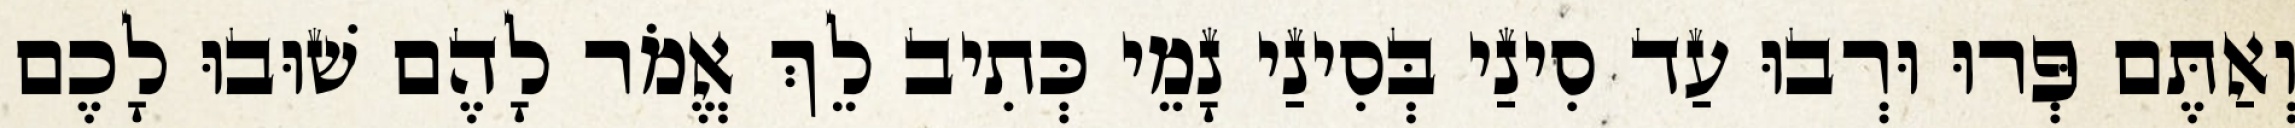
וְאַתֶּם פְּרוּ וּרְבוּ עַד סִינַי בְּסִינַי נָמֵי כְּתִיב לֵךְ אֱמֹר לָהֶם שׁוּבוּ לָכֶם